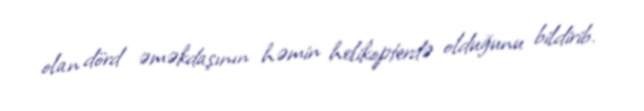
olan dörd əməkdaşının həmin helikopterdə olduğunu bildirib.